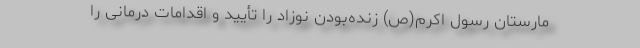
مارستان رسول اکرم(ص) زنده‌بودن نوزاد را تأیید و اقدامات درمانی را